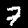
Digit: 7